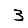
Digit: 3